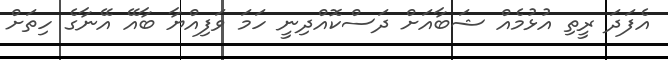
އެފަދަ ރީތި އުޅުމެއް ޝަބާއަށް ދަސްކޮއްދިނީ ހަމަ ވަފިއްޔާ ބާއޭ އޭނާގެ ހިތަށް